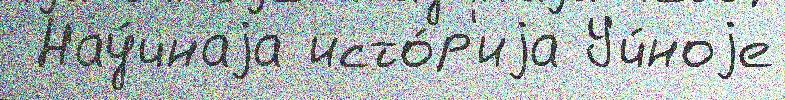
 Нау́чнаjа исто́р'иjа Уч́ноjе